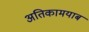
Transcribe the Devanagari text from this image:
अतिकामयाब